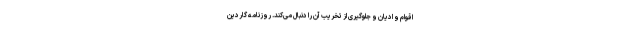
اقوام و ادیان و جلوگیری از تخریب آن را دنبال می‌کند. روزنامه گاردین